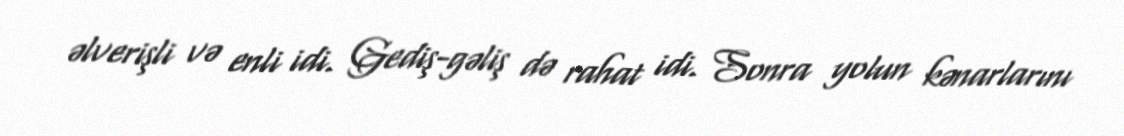
əlverişli və enli idi. Gediş-gəliş də rahat idi. Sonra yolun kənarlarını